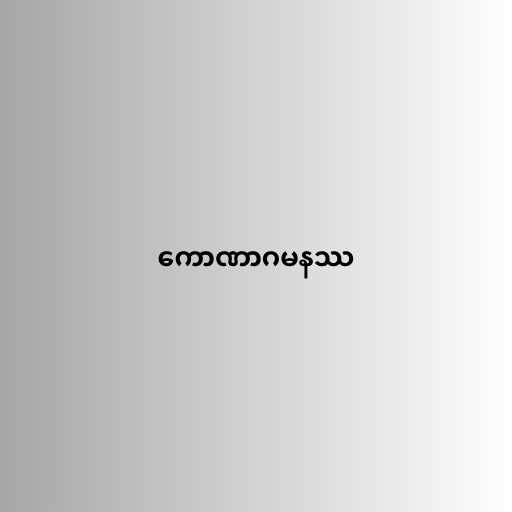
ကောဏာဂမနဿ